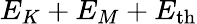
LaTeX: E_{K}+E_{M}+E_{\mathrm{th}}